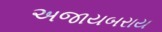
અજાયબરાય